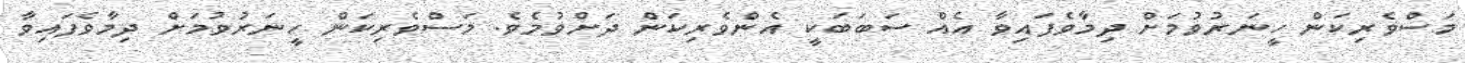
މަސްވެރިކަން ހީނަރުވުމަށް ދިމާވެފައިވާ އެއް ސަބަބަކީ އެންވެރިކަން ދަށްވުމެވެ. މަސްވެރިކަން ހީނަރުވުމަށް ދިމާވެފައިވާ